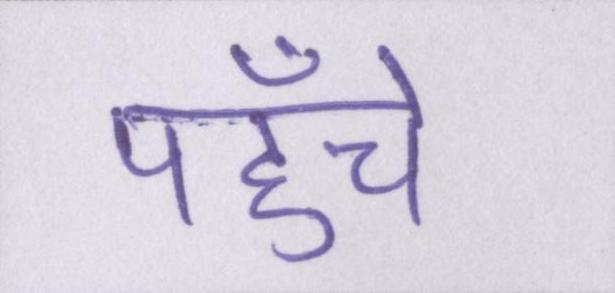
पहुँचे